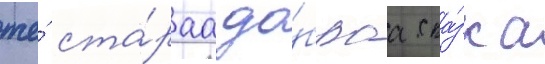
же́ ста́раа до́браа ска́зка